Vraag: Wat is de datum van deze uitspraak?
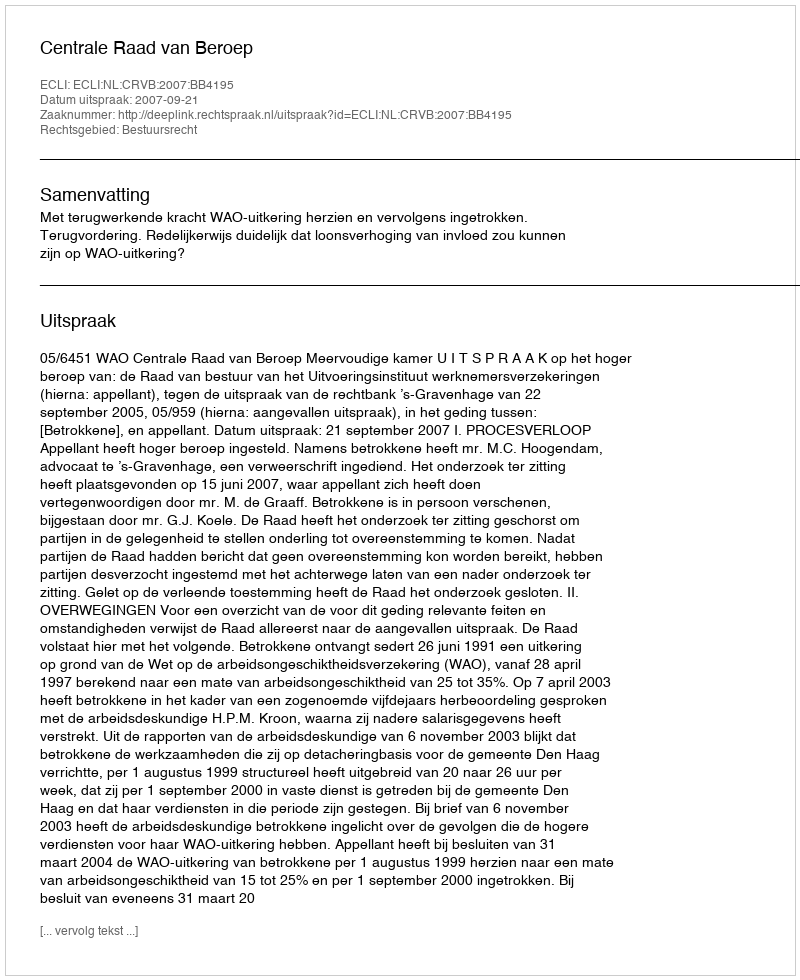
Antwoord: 2007-09-21